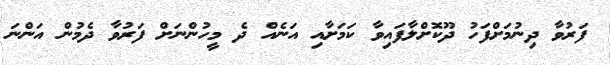
ފަރުވާ ދިނުމަށްފަހު ދޫކޮށްލާފައިވާ ކަމަށާއި އަނެއް ދެ މީހުންނަށް ފަރުވާ ދެމުން އަންނަ